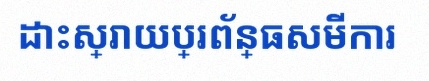
ដោះស្រាយប្រព័ន្ធសមីការ